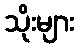
သိုးများ